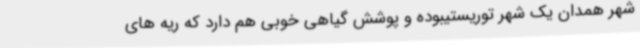
شهر همدان یک شهر توریستیبوده و پوشش گیاهی خوبی هم دارد که ریه های